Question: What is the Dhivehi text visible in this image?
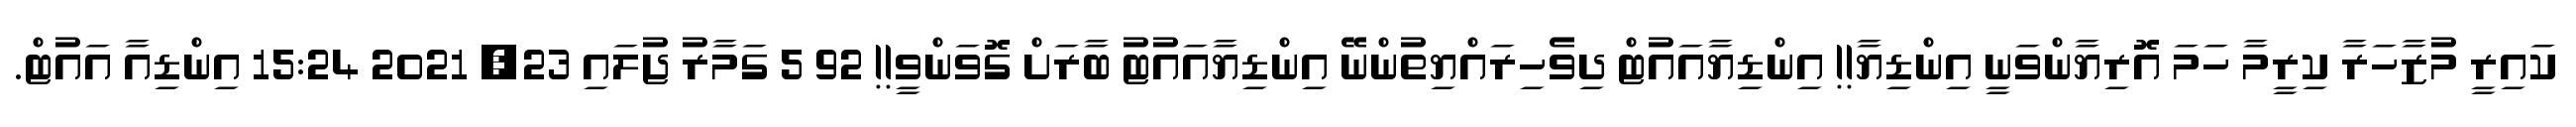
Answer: ކައިރީ މުޒާހަރާ ކިރީމާ ހަމަ އޮރިޔާންވަނީ އިންޑިޔާ!! އިންޑިޔާއައުޓް ދިވެހިރައްޔިތުންނޭ އިންޑިޔާއައުޓު ބާރަށް ގޮވަންވީ!! 92 5 ގަމާރު ޖުލައި 23, 2021 15:24 އިންޑިއާ އައުޓް.